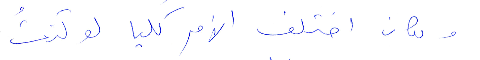
ولكان اختلف الأمر كليا لو كنتُ